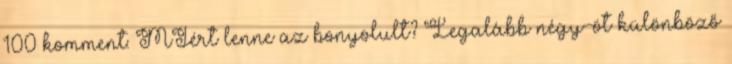
100 komment: MIért lenne az bonyolult? Legalább négy-öt különböző